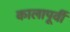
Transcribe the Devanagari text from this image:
कालापूर्वी